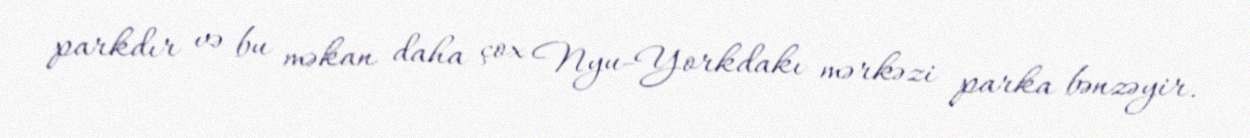
parkdır və bu məkan daha çox Nyu-Yorkdakı mərkəzi parka bənzəyir.